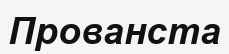
Прованста